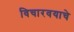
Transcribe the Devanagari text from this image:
विचारवयाचे